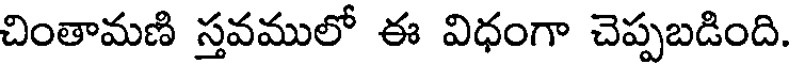
చింతామణి స్తవములో ఈ విధంగా చెప్పబడింది.